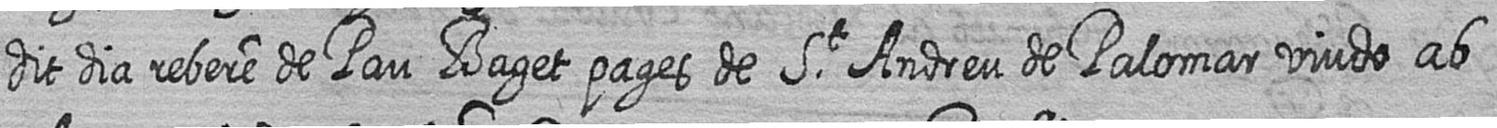
dit dia rebere de Pau Baget pages de St Andreu de Palomar viudo ab